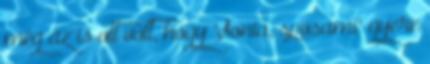
még az is ott volt, hogy "Sonia, sposami" gyere